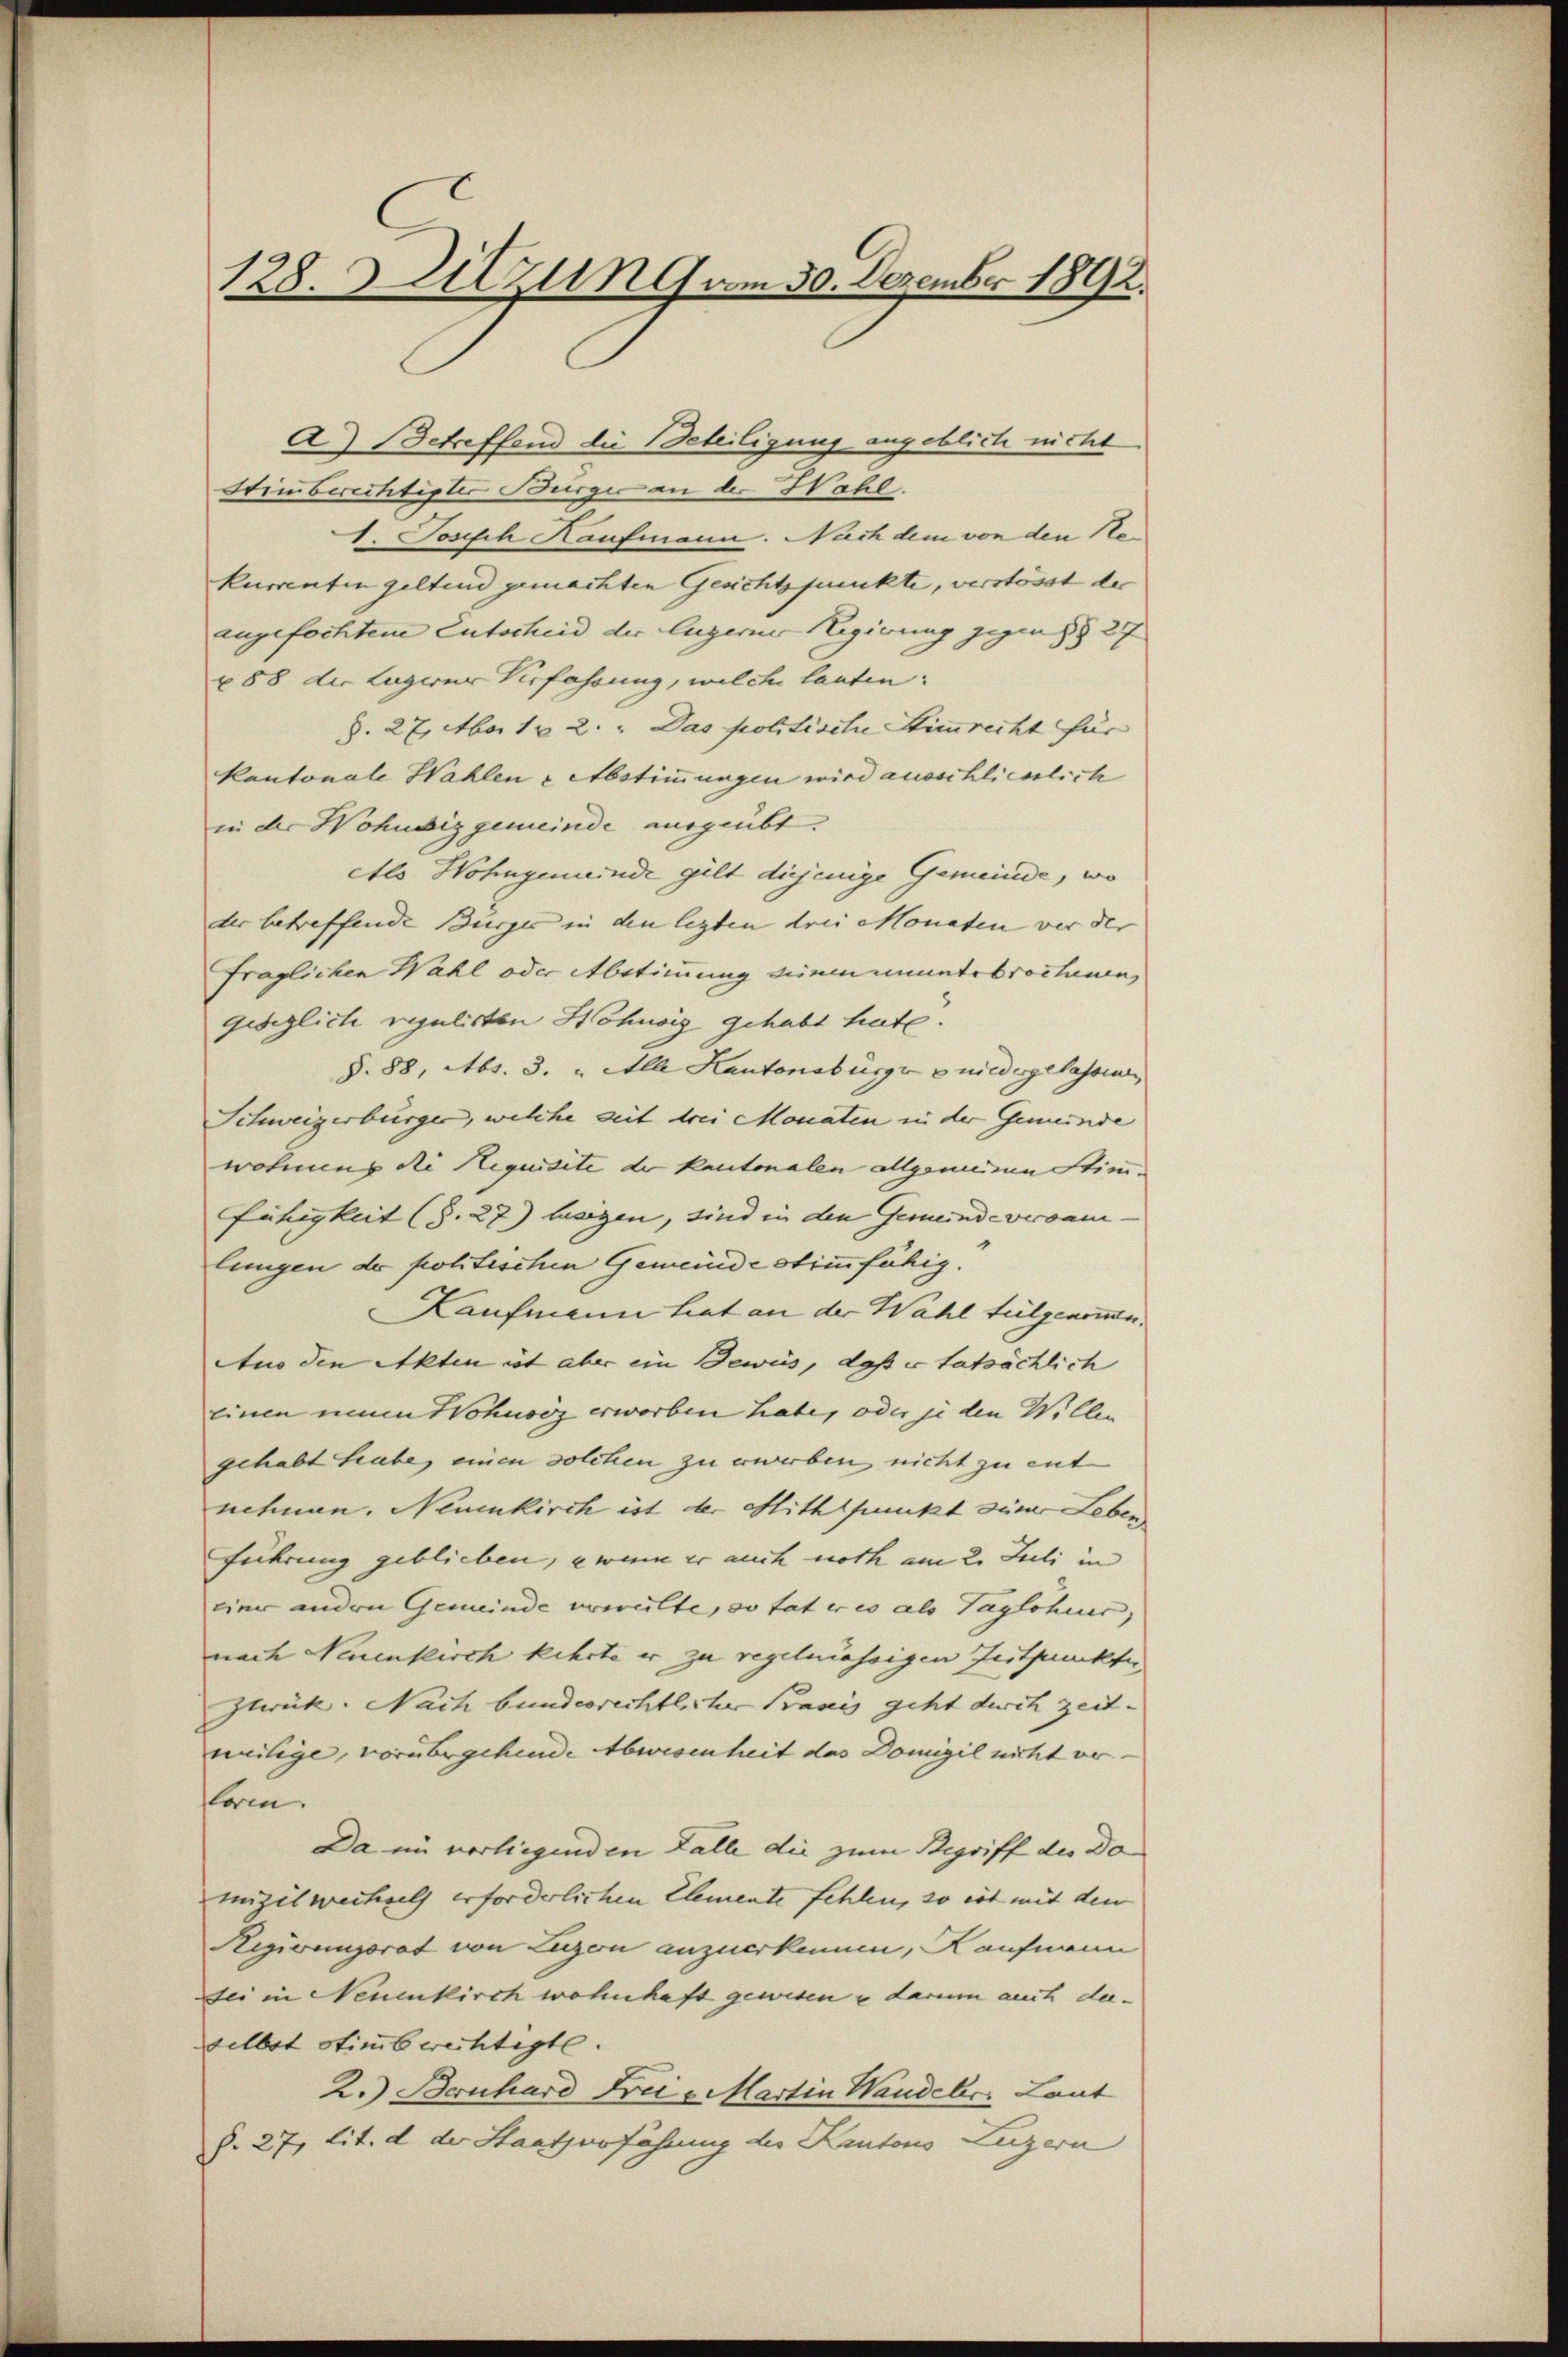
128. Sitzung am 30. Dezember 1892.

A.) betreffend die Beteiligung angeblich nicht
Stin berechtigter Burger an der Wahl.
1. Josisch Haufmann. Nach dem von den Nokurrenten geltend gemachten Gesichtspunkte, verstösst der
angefochtene Entscheid der lugerne Regierung gegen §§ 27
u 88 die Lagerer Verfassung, welche lauten:
§. 27. Mai 182. " Das politische Stimmrecht für
kantonale Wahlen & Abstimmungen wird ausschliesslich
in der Wohnsiz gemeinde ausgeübt.
etls Wohngemeinde gilt diejenige Gemeinde, wo
der betreffende Bürger in den legten drei Monaten vor der
fraglichen Wahl oder Abstimmung einen ununterbrochenen
gesezlich regulirten Hohnsig gehabt habe.
§. 88, Abs. 3. „Alle Kantonsburg wiedergelassen
Schweizerbürger, welche seit drei Monaten in der Gemeinde
wohnung die Requisite de kantonalen allgemeinen Stim¬
Fähigkeit (S. 27) lasigen, sind in den Gemeinde versam
lungen de politischen Gemeinde stimmfähig.
Kaufmann hat an der Wahl tulgenommen.
Aus den Akten ist aber ein Beweis, daß er tatsächlich
einen neun Sohnsiz erworben habe, oder je den Willen
gehabt habe, einen solchen zu erwerben, nicht zu ent
nehmen. Neuenkirch ist der Mithtpunkt siner Leben
Führung geblieben, u wenn er auch noth am 2. Juli in
einer anden Gemeinde verweilte, so tat er es als Taglohner,
nach Neuenkirch kehrte er zu regelmässigen Zeitpunckter
Zurück. Nach bundesrechtlicher Praxis geht durch zeit-
weilige, vorübergehende Abwesenheit das Domizil nicht er-
orm.
Da im vorliegenden Falle die zum Begriff des Do
mizil wechsels erforderlichen Elemente fehlen, so ist mit den
Rigirungsrat von Luzern anzuerkennen, Kaufmann
Dei in Neuenkirch wohnhaft gewesen & darum auch daselbst stimbrechtigte.
2.) Bernhard Frei- Martin Wandels. Laut
§. 27, lit. d der Staatsorführung der Kantons Luzern